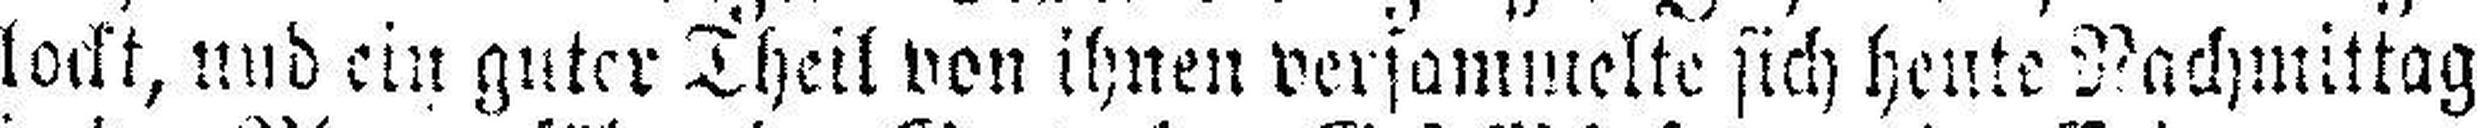
lockt, und ein guter Theil von ihnen versammelte sich heute Nachmittag